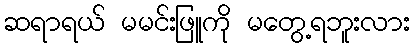
ဆရာရယ် မမင်းဖြူကို မတွေ့ရဘူးလား